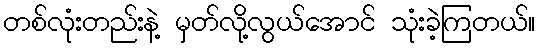
တစ်လုံးတည်းနဲ့ မှတ်လို့လွယ်အောင် သုံးခဲ့ကြတယ်။